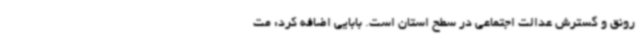
رونق و گسترش عدالت اجتماعی در سطح استان است. بابایی اضافه کرد: مت